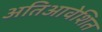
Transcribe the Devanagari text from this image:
अतिआवेशित